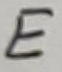
Text: E